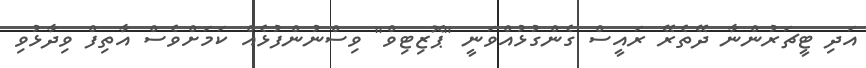
އަދި ޓީޗަރުންނާ ދޭތެރޭ ރައީސް ގެންގުޅުއްވަނީ "ޕޮޒިޓިވް" ވިސްނުންފުޅެއް ކަމަށްވެސް އާތިފް ވިދާޅުވި